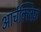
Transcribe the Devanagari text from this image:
आर्चक्लिफ़